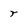
Character: r